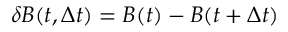
\delta \boldsymbol { B } ( t , \Delta t ) = \boldsymbol B ( t ) - \boldsymbol B ( t + \Delta t )